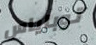
توباياس